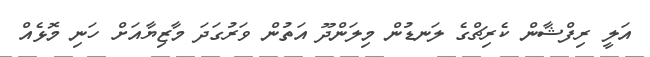
އަލީ ރިފްޝާން ކެރިޗްގެ ލަނޑުން މިލަންދޫ އަތުން ވަރުގަދަ މާޒިޔާއަށް ހަނި މޮޅެއް